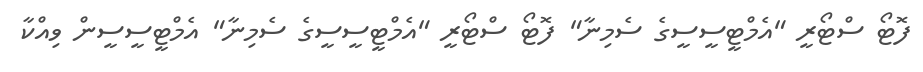
ފޮޓޯ ސްޓޯރީ "އެމްޓީސީސީގެ ސެމިނާ" ފޮޓޯ ސްޓޯރީ "އެމްޓީސީސީގެ ސެމިނާ" އެމްޓީސީސީން ވިއްކާ